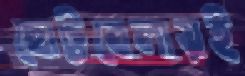
ছোট্টবেলায়ই